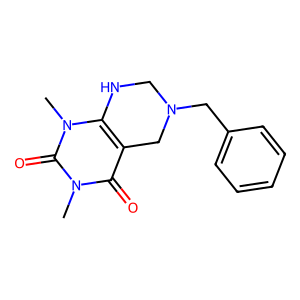
SMILES: Cn1c2c(c(=O)n(C)c1=O)CN(Cc1ccccc1)CN2
Inhibits HIV replication: No